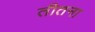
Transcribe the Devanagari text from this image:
तीतना